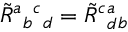
\tilde { R } { } ^ { a } { } _ { b } { } ^ { c } { } _ { d } = \tilde { R } { } ^ { c } { } _ { d } ^ { a } { } _ { b }